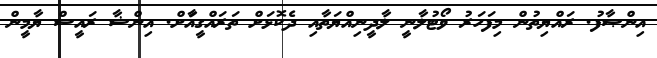
އިންޞާފު. ރައްޔިތުން މިފަހަރު ވޯޓުލާނީ ލާދީނިއްޔަތާއި ދެކޮޅަަށް ތަރައްގީއަާށް. އިންޝާ ރައީސް ޔާމީން